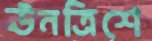
ঊনত্রিশে